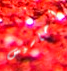
أحاسيس